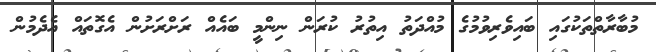
މުބާރާތްތަކުގައި ބައިވެރިވުމުގެ މުއްދަތު އިތުރު ކުރަން ނިންމީ ބައެއް ރަށްރަށުން އެގޮތައް އެދެމުން